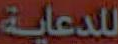
للدعاية